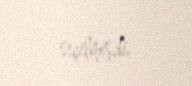
seçilmişdi.